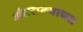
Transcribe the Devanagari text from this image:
अंतरात्म्याच्या